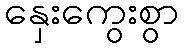
နှေးကွေးစွာ